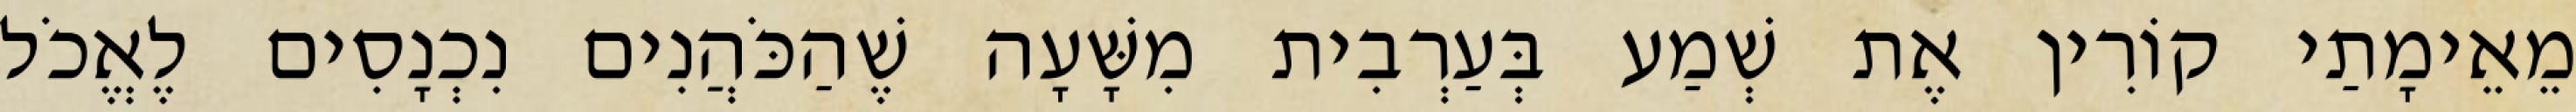
מֵאֵימָתַי קוֹרִין אֶת שְׁמַע בְּעַרְבִית מִשָּׁעָה שֶׁהַכֹּהֲנִים נִכְנָסִים לֶאֱכֹל